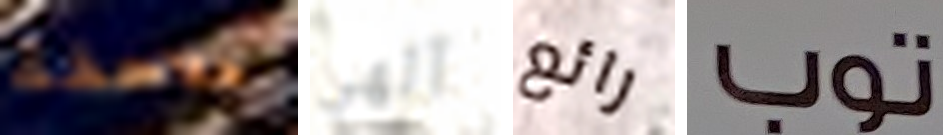
ملاحقة آلهي رائع توب